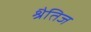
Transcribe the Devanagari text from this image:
श्रैतिज